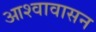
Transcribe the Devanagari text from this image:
आश्वावासन